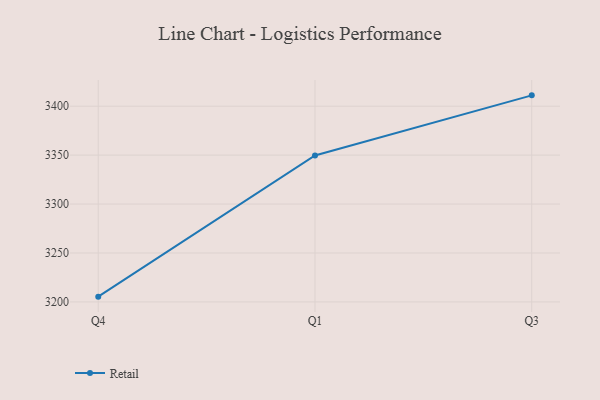
{"axis": {"x": "Quarter", "y": "Gross Profit (USD K)"}, "legend": ["Retail"], "data": [{"x": "Q4", "y": 3205.4, "type": "Retail"}, {"x": "Q1", "y": 3349.7, "type": "Retail"}, {"x": "Q3", "y": 3411.1, "type": "Retail"}]}